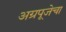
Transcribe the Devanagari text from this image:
अग्रपूजेचा